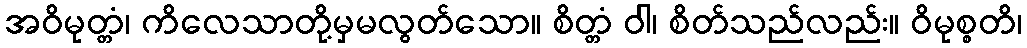
အဝိမုတ္တံ၊ ကိလေသာတို့မှမလွတ်သော။ စိတ္တံ ဝါ၊ စိတ်သည်လည်း။ ဝိမုစ္စတိ၊